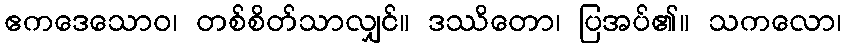
ဧကဒေသောဝ၊ တစ်စိတ်သာလျှင်။ ဒဿိတော၊ ပြအပ်၏။ သကလော၊